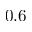
0 . 6